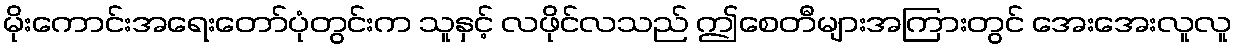
မိုးကောင်းအရေးတော်ပုံတွင်းက သူနှင့် လဖိုင်လသည် ဤစေတီများအကြားတွင် အေးအေးလူလူ